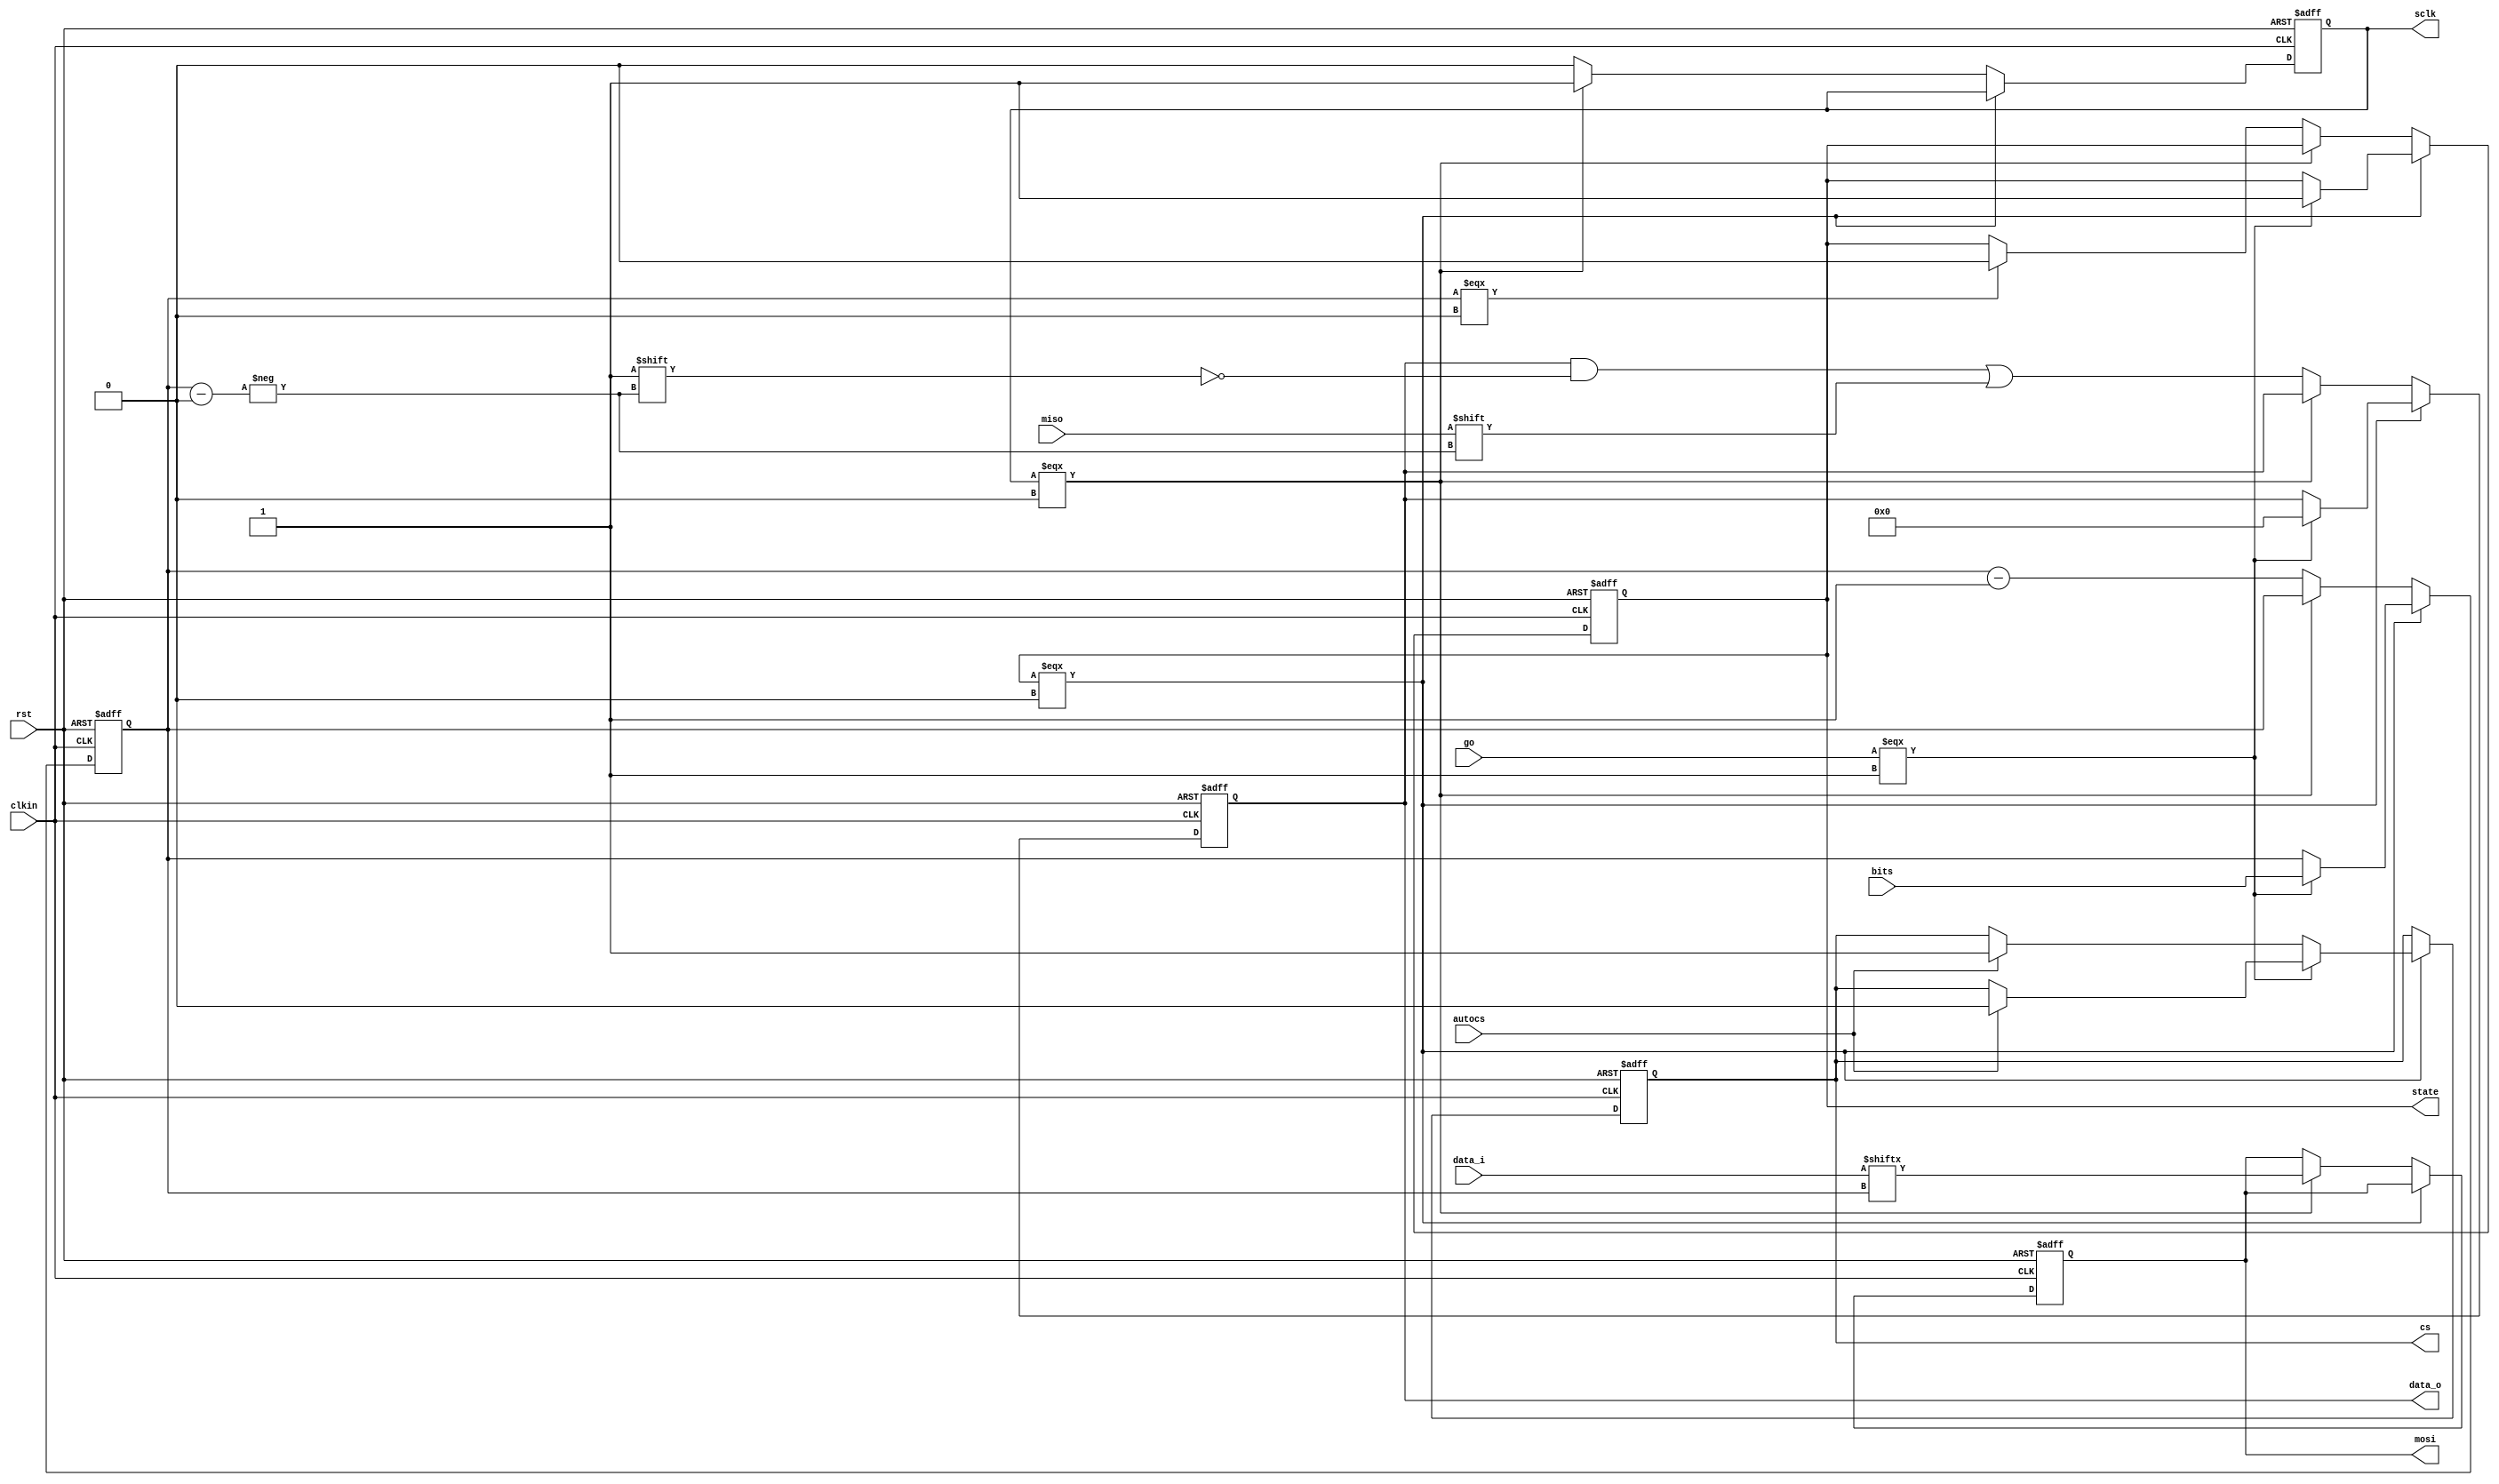
// This program was cloned from: https://github.com/DangerousPrototypes/BusPirateUltraHDL
// License: GNU General Public License v3.0

// ---------------------------------------------------------------------------
//
// SPI master verilog implementation
//
// Written by Chris van Dongen/SMDprutser for the buspirate NextGen Ultra
// SPI info here: https://en.wikipedia.org/wiki/Serial_Peripheral_Interface
//
// ---------------------------------------------------------------------------
`ifndef __SIO__
`define __SIO__
module sio (
// general control
	rst,				// resets module to known state
	clkin,				// clock that makes everyhting tick
// sync signals
	go,					// starts a SPI transmission
	state,				// state of module (0=idle, 1=busy/transmitting)
	autocs,
	bits,
// data in/out
	data_i,				// data in (will get transmitted)
	data_o,				// data out (will get received)
// spi signals
	mosi,				// master out slave in
	sclk,				// SPI clock (= clkin/2)
	miso,				// master in slave out
	cs					// chip select
	);

//
input rst;
input clkin;

input autocs;
input go;
output reg state;
input [15:0] data_i;
output reg [15:0] data_o;
input [3:0] bits;
reg [3:0] bitcount;		// number of bits to transmit

input miso;
output reg mosi;
output reg sclk;
output reg cs;

// internal vars

reg clockphase;			// where are we in our clockcycle (0= 1st half, 1= 2nd half)

always @ (posedge clkin or posedge rst)

if(rst)
	begin
		data_o <= 16'h00;
		mosi <= 1'b0;
		sclk <= 1'b0;
		state <= 1'b0;
		cs <= 1'b1;
		bitcount <=4'b0000;
	end
else
	begin
		if(state === 1'b0)
			begin
			if(go === 1'b1)		// only accept go when we are idle
				begin	//start sending bits
					state <= 1'b1;
					//sclk <= 1'b0;
					if(autocs) cs <= 1'b0;			// cs line (auto?????)
					data_o <= 16'h00;
					bitcount <= bits;
				end
			else //go === 1'b0
				begin	//idle everything
					//sclk <= 1'b0;		// clock line
					if (autocs) cs <= 1'b1;			// cs line
				end
			end

		else //state === 1'b1					// transmit the bits and receive them
		begin
			if(sclk === 1'b0)
				begin //clock low, setup data and tick the clock line
					mosi <= data_i[bitcount];
					sclk <= 1'b1;
				end
		  else
				begin //clock high, read data and clear clock line
					data_o[bitcount] <= miso;
					sclk <= 1'b0;
					bitcount <= bitcount - 1;
					if(bitcount===4'b0000)
						begin
							state<=1'b0;
						end
				end
		end
	end

endmodule
`endif